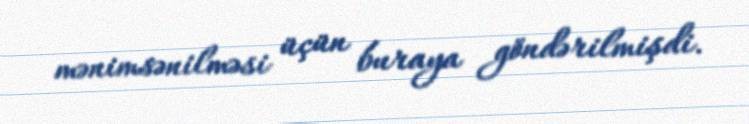
mənimsənilməsi üçün buraya göndərilmişdi.